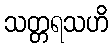
သတ္တရသဟိ